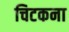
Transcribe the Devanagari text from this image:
चिटकना